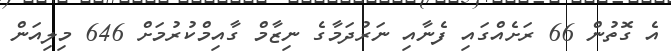
އެ ގޮތުން 66 ރަށެއްގައި ފެނާއި ނަރުދަމާގެ ނިޒާމް ގާއިމްކުރުމަށް 646 މިލިއަން